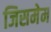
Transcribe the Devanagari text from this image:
जिसमेम